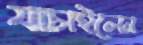
যাচাইলেন